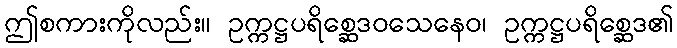
ဤစကားကိုလည်း။ ဥက္ကဋ္ဌပရိစ္ဆေဒဝသေနေဝ၊ ဥက္ကဋ္ဌပရိစ္ဆေဒ၏